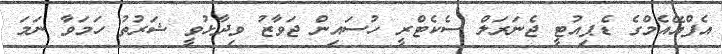
އެފްއޭއެމްގެ ޑެޕިއުޓީ ޖެނަރަލް ސެކެޓްރީ ހުސައިން ޖަވާޒު ވިދާޅުވީ ޝަރުތު ހަމަވާ ނަމަ